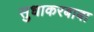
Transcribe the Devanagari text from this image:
सुधाकरबाबा